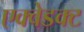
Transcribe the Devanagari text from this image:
एक्वेडक्ट